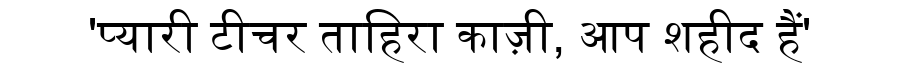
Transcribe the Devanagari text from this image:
'प्यारी टीचर ताहिरा काज़ी, आप शहीद हैं'